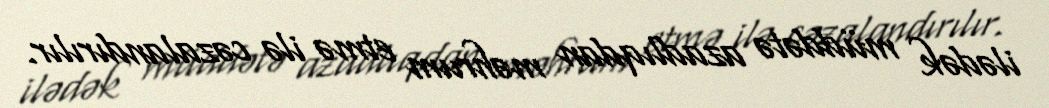
ilədək müddətə azadlıqdan məhrum etmə ilə cəzalandırılır.